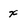
Character: x